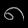
Digit: ၈